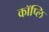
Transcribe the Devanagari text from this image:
कॉप्लि